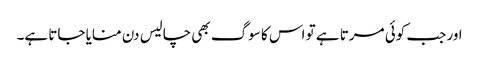
اور جب کوئی مرتا ہے تو اس کا سوگ بھی چالیس دن منایا جاتا ہے۔